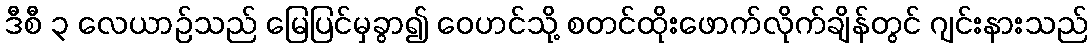
ဒီစီ ၃ လေယာဉ်သည် မြေပြင်မှခွာ၍ ဝေဟင်သို့ စတင်ထိုးဖောက်လိုက်ချိန်တွင် ဂျင်းနားသည်